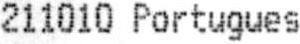
211010 PORTUGUES